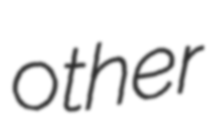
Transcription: other